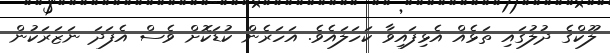
ލޫކްގެ ދުލުގައި ތަޅެއް އެޅިފައިވާ ކަހަލައެވެ. އަހަރެން ކުޑަކޮށް ވެސް އެފަދަ ނަޒަރަކުން